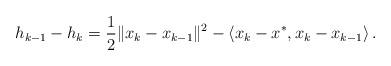
LaTeX: \begin{align*} h_{k-1}-h_{k} = \frac{1}{2} \|x_{k}-x_{k -1} \|^2- \left\langle x_{k}-x^{*}, x_{k}-x_{k -1} \right\rangle .\end{align*}